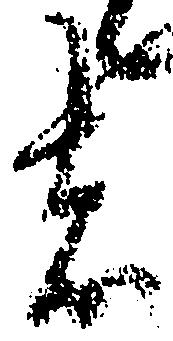
者